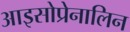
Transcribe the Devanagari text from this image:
आइसोप्रेनालिन